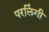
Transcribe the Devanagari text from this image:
परलिंगी